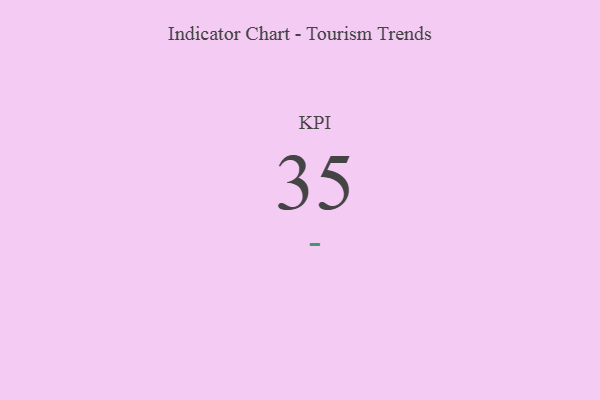
{"axis": {"x": "KPI", "y": "Value"}, "legend": [""], "data": [{"x": "KPI", "y": 35, "type": ""}]}